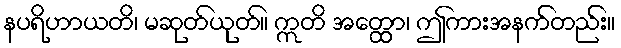
နပရိဟာယတိ၊ မဆုတ်ယုတ်။ ဣတိ အတ္ထော၊ ဤကားအနက်တည်း။